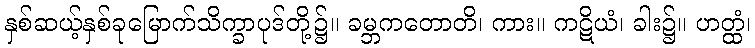
နှစ်ဆယ့်နှစ်ခုမြောက်သိက္ခာပုဒ်တို့၌။ ခမ္ဘကတောတိ၊ ကား။ ကဋိယံ၊ ခါး၌။ ဟတ္ထံ၊